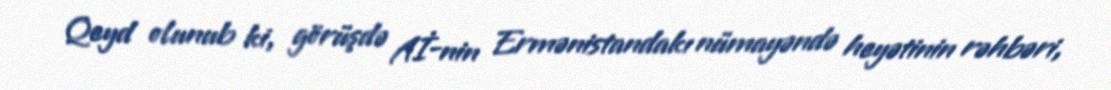
Qeyd olunub ki, görüşdə Aİ-nin Ermənistandakı nümayəndə heyətinin rəhbəri,